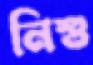
নিশু